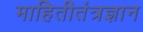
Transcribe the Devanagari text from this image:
माहितीतंत्रज्ञान